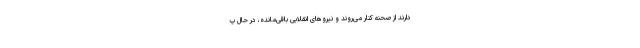
دارند از صحنه کنار می‌روند و نیروهای انقلابی باقی‌مانده، در حال پ